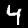
Label: 4